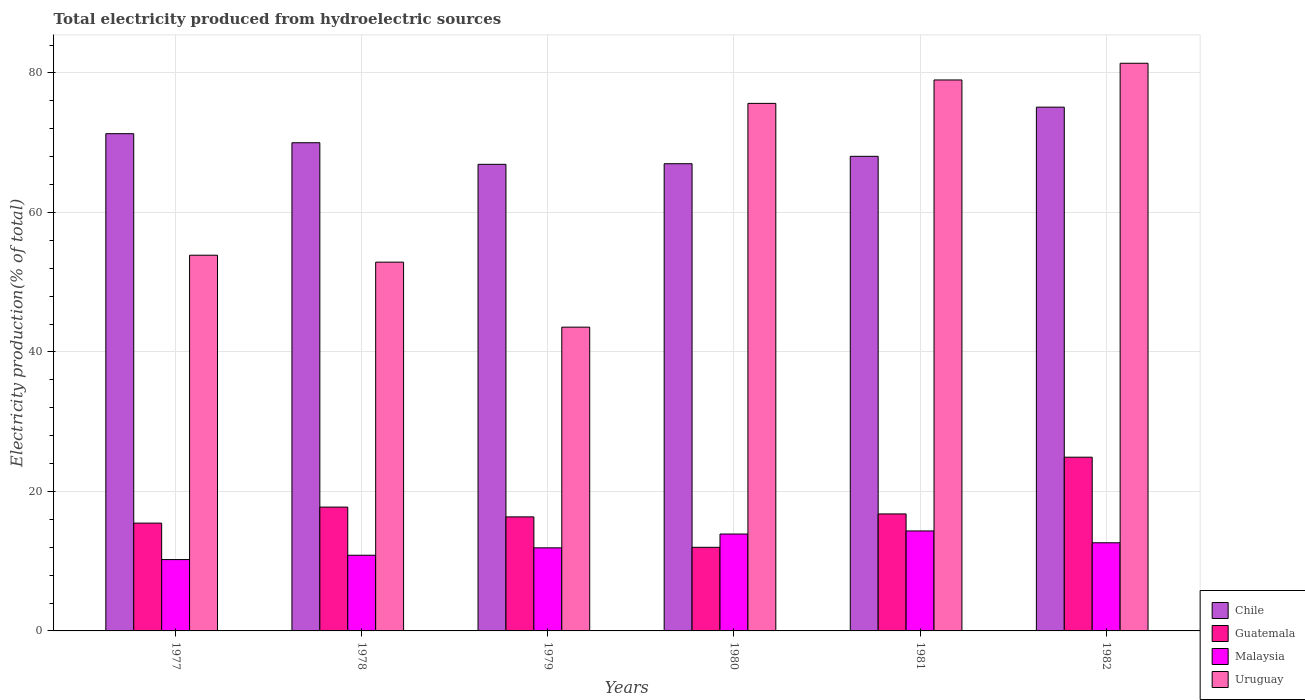
| Years | Chile | Guatemala | Malaysia | Uruguay |
 | --- | --- | --- | --- | --- |
 | 1977 | 71.3 | 15.5 | 10.2 | 53.9 |
 | 1978 | 70 | 17.8 | 10.9 | 52.9 |
 | 1979 | 66.9 | 16.3 | 11.9 | 43.6 |
 | 1980 | 67 | 12 | 13.9 | 75.6 |
 | 1981 | 68 | 16.8 | 14.3 | 79 |
 | 1982 | 75.1 | 24.9 | 12.6 | 81.4 |